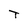
Character: T